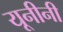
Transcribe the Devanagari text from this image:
यूनीनी